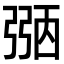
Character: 𢐀